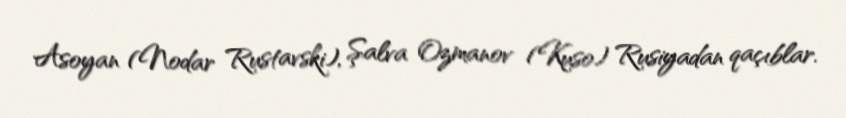
Asoyan (Nodar Rustavski), Şalva Ozmanov (Kuso) Rusiyadan qaçıblar.